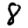
Digit: 8